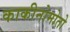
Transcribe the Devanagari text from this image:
काकीनोमोतो